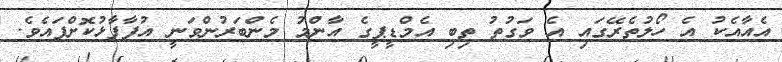
އެއާއެކު އެ ހޯލުތެރޭގައި އެ ވަގުތު ތިބި އެމްޑީޕީގެ އާންމު މެންބަރުންވަނީ އުފާފާޅުކޮށްފައެވެ.